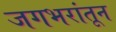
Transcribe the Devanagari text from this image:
जगभरांतून